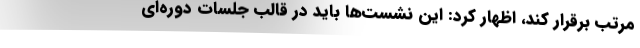
مرتب برقرار کند، اظهار کرد: این نشست‌ها باید در قالب جلسات دوره‌ای